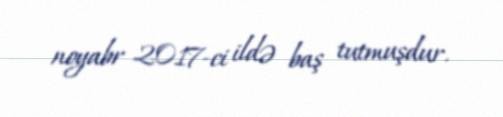
noyabr 2017-ci ildə baş tutmuşdur.